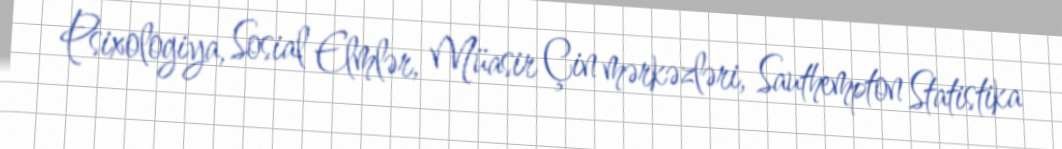
Psixologiya, Sosial Elmlər, Müasir Çin mərkəzləri, Sauthempton Statistika